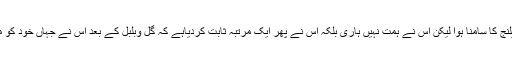
1975 میں جب دنیا پرسنل کمپیوٹر سے واقف ہوئی تو اردو کو اپنی بقاء کے سب سے بڑے چیلنج کا سامنا ہوا لیکن اس نے ہمت نہیں ہاری بلکہ اس نے پھر ایک مرتبہ ثابت کردیاہے کہ گل وبلبل کے بعد اس نے جہاں خود کو معاشرتی زبان بنایا وہیں اب وہ کمپیوٹر اور انٹرنیٹ (سائبر ٹکنالوجی یا سائبر دنیا)کی زبان ہے۔